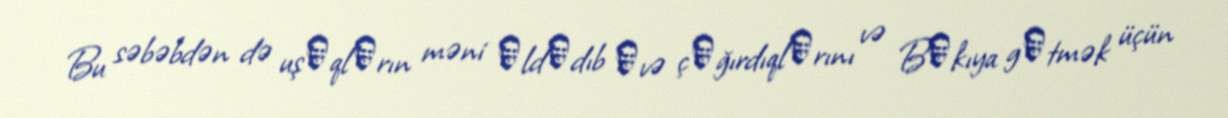
Bu səbəbdən də uşаqlаrın məni аldаdıb еvə çаğırdıqlаrını və Bаkıya gеtmək üçün